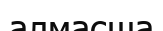
алмасша